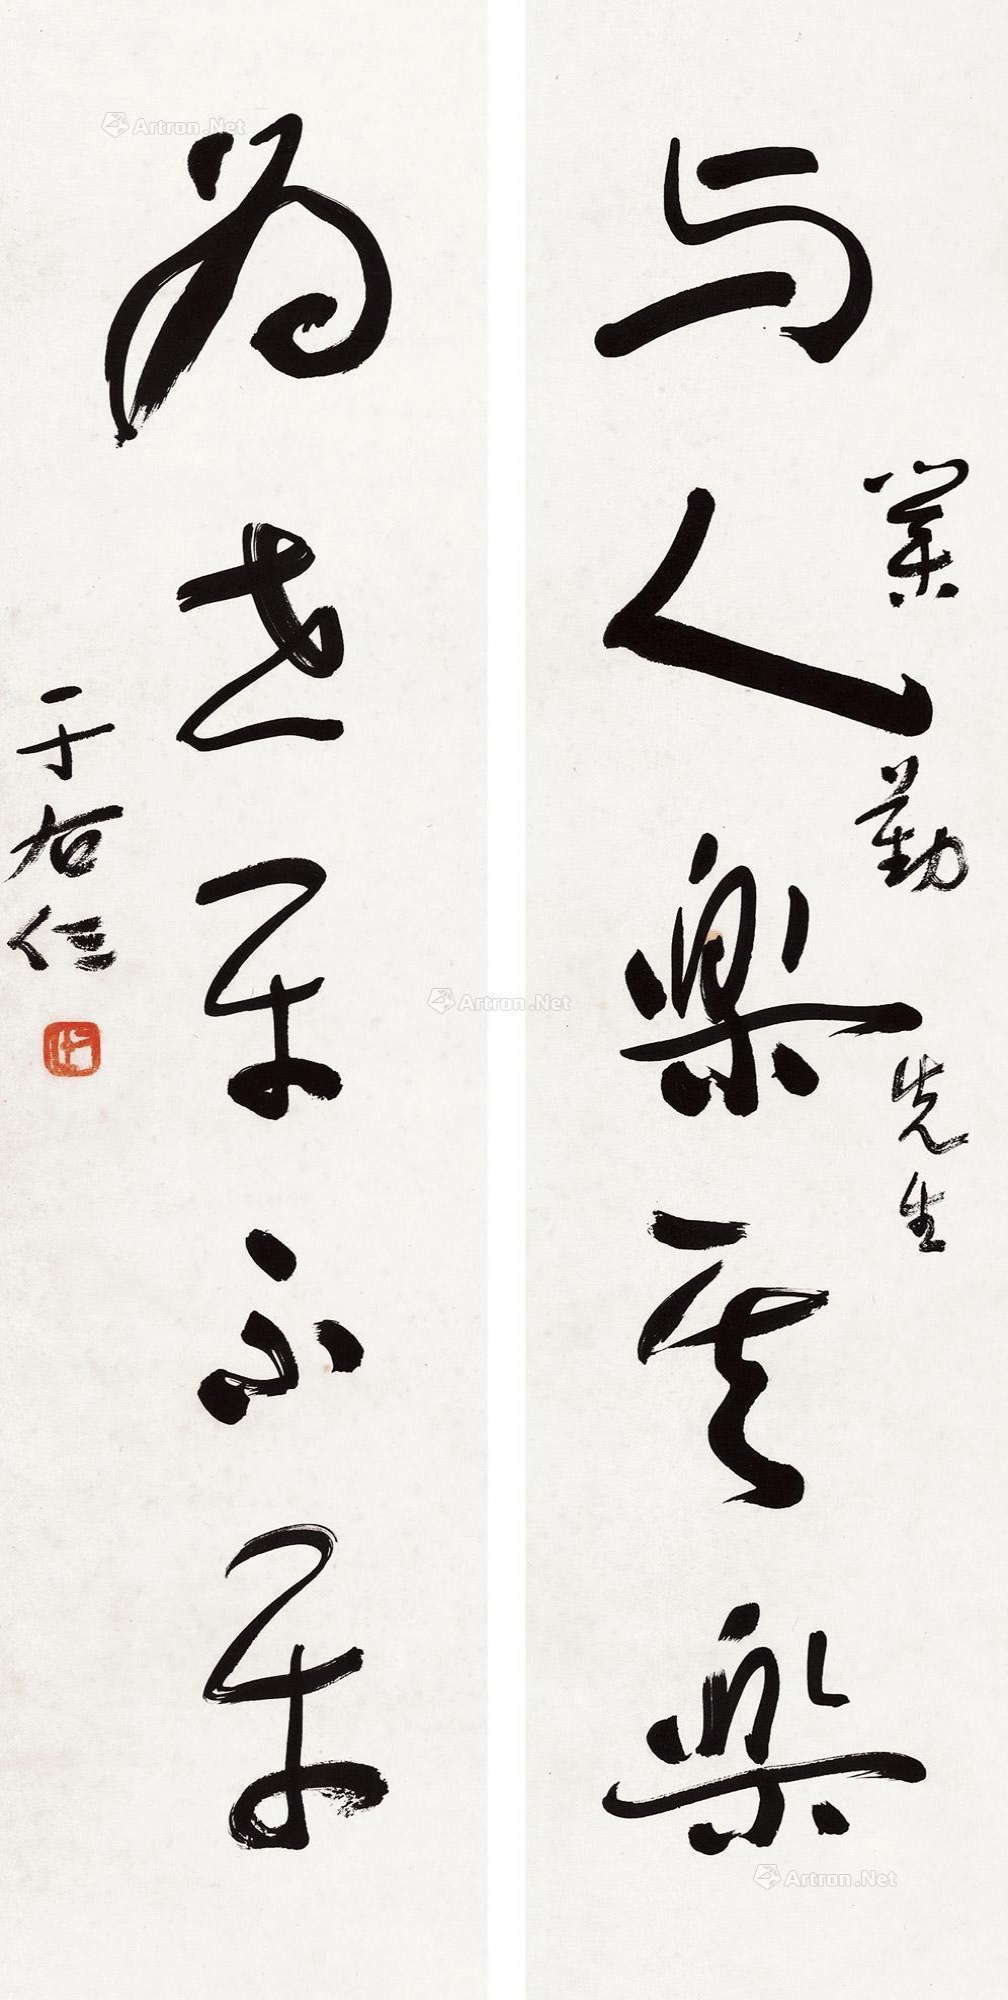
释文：与人乐其乐，为世平不平。业勤先生，于右任。